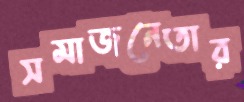
সমাজনেতার